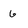
Character: 6